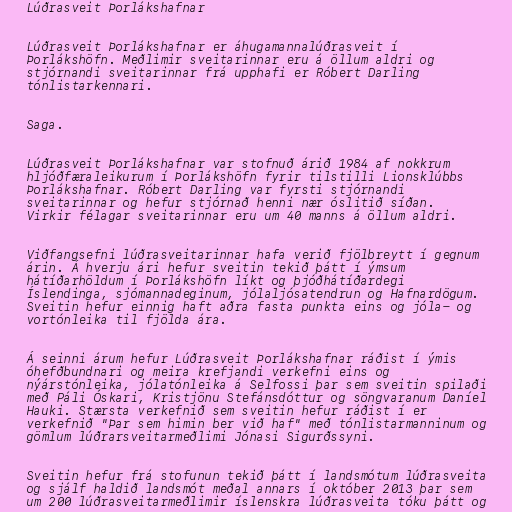
Lúðrasveit Þorlákshafnar

Lúðrasveit Þorlákshafnar er áhugamannalúðrasveit í
Þorlákshöfn. Meðlimir sveitarinnar eru á öllum aldri og
stjórnandi sveitarinnar frá upphafi er Róbert Darling
tónlistarkennari.

Saga.

Lúðrasveit Þorlákshafnar var stofnuð árið 1984 af nokkrum
hljóðfæraleikurum í Þorlákshöfn fyrir tilstilli Lionsklúbbs
Þorlákshafnar. Róbert Darling var fyrsti stjórnandi
sveitarinnar og hefur stjórnað henni nær óslitið síðan.
Virkir félagar sveitarinnar eru um 40 manns á öllum aldri.

Viðfangsefni lúðrasveitarinnar hafa verið fjölbreytt í gegnum
árin. Á hverju ári hefur sveitin tekið þátt í ýmsum
hátíðarhöldum í Þorlákshöfn líkt og þjóðhátíðardegi
Íslendinga, sjómannadeginum, jólaljósatendrun og Hafnardögum.
Sveitin hefur einnig haft aðra fasta punkta eins og jóla- og
vortónleika til fjölda ára.

Á seinni árum hefur Lúðrasveit Þorlákshafnar ráðist í ýmis
óhefðbundnari og meira krefjandi verkefni eins og
nýárstónleika, jólatónleika á Selfossi þar sem sveitin spilaði
með Páli Óskari, Kristjönu Stefánsdóttur og söngvaranum Daníel
Hauki. Stærsta verkefnið sem sveitin hefur ráðist í er
verkefnið "Þar sem himin ber við haf" með tónlistarmanninum og
gömlum lúðrarsveitarmeðlimi Jónasi Sigurðssyni.

Sveitin hefur frá stofunun tekið þátt í landsmótum lúðrasveita
og sjálf haldið landsmót meðal annars í október 2013 þar sem
um 200 lúðrasveitarmeðlimir íslenskra lúðrasveita tóku þátt og